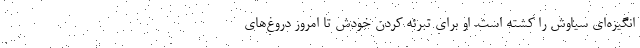
انگیزه‌ای سیاوش را کشته است. او برای تبرئه کردن خودش تا امروز دروغ‌های